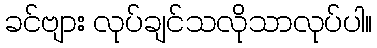
ခင်ဗျား လုပ်ချင်သလိုသာလုပ်ပါ။